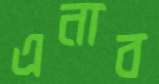
এনাব